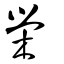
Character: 榮